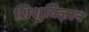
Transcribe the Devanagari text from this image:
शिशुविज्ञान